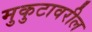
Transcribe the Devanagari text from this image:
मुकुटावरील